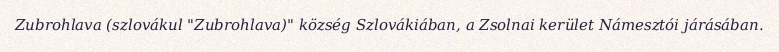
Zubrohlava (szlovákul "Zubrohlava)" község Szlovákiában, a Zsolnai kerület Námesztói járásában.